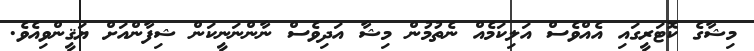
މިޝާގެ ކޮޓަރީގައި އެއްވެސް އަލިކަމެއް ނެތުމުން މިޝާ އަދިވެސް ނާންނަނީކަން ޝިފާންއަށް ޔަޤީންވިއެވެ.